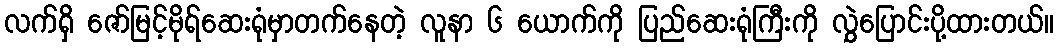
လက်ရှိ ဇော်မြင့်မိုရ်ဆေးရုံမှာတက်နေတဲ့ လူနာ ၆ ယောက်ကို ပြည်ဆေးရုံကြီးကို လွှဲပြောင်းပို့ထားတယ်။